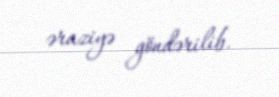
əraziyə göndərilib.